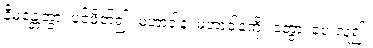
နိမန္တေတွာ၊ ပင့်ဖိတ်၍။ မဟာဒါနံ၊ မဟာဒါနကို။ ဒတွာ၊ ပေးလှူ၍။